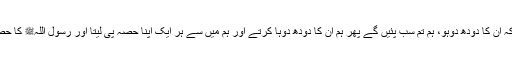
آپﷺ نے فرمایا کہ ان کا دودھ دوہو، ہم تم سب پئیں گے پھر ہم ان کا دودھ دوہا کرتے اور ہم میں سے ہر ایک اپنا حصہ پی لیتا اور رسول اللہﷺ کا حصہ رکھ چھوڑتے۔